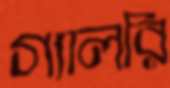
গ্যালরি